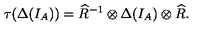
\tau ( \Delta ( I _ { A } ) ) = \widehat { R } ^ { - 1 } \otimes \Delta ( I _ { A } ) \otimes \widehat { R } .